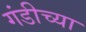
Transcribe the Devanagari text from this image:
गंडीच्या